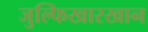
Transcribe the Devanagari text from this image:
जुल्फिखारखान